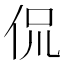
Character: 侃